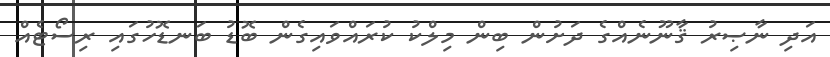
އަދި ނާޞިރު ޤާނޫނެއްގެ ދަށުން ބިން މިލްކު ކުރައްވައިގެން ބޮޑު ބަނޑޮހުގައި ރިސޯޓެއް